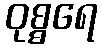
ဝုစ္စရေ